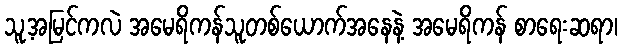
သူ့အမြင်ကလဲ အမေရိကန်သူတစ်ယောက်အနေနဲ့ အမေရိကန် စာရေးဆရာ၊